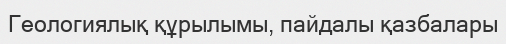
Геологиялық құрылымы, пайдалы қазбалары